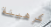
كرهينة